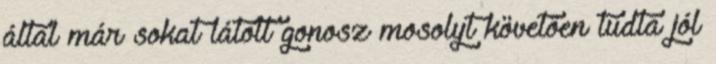
által már sokat látott gonosz mosolyt követően tudta jól